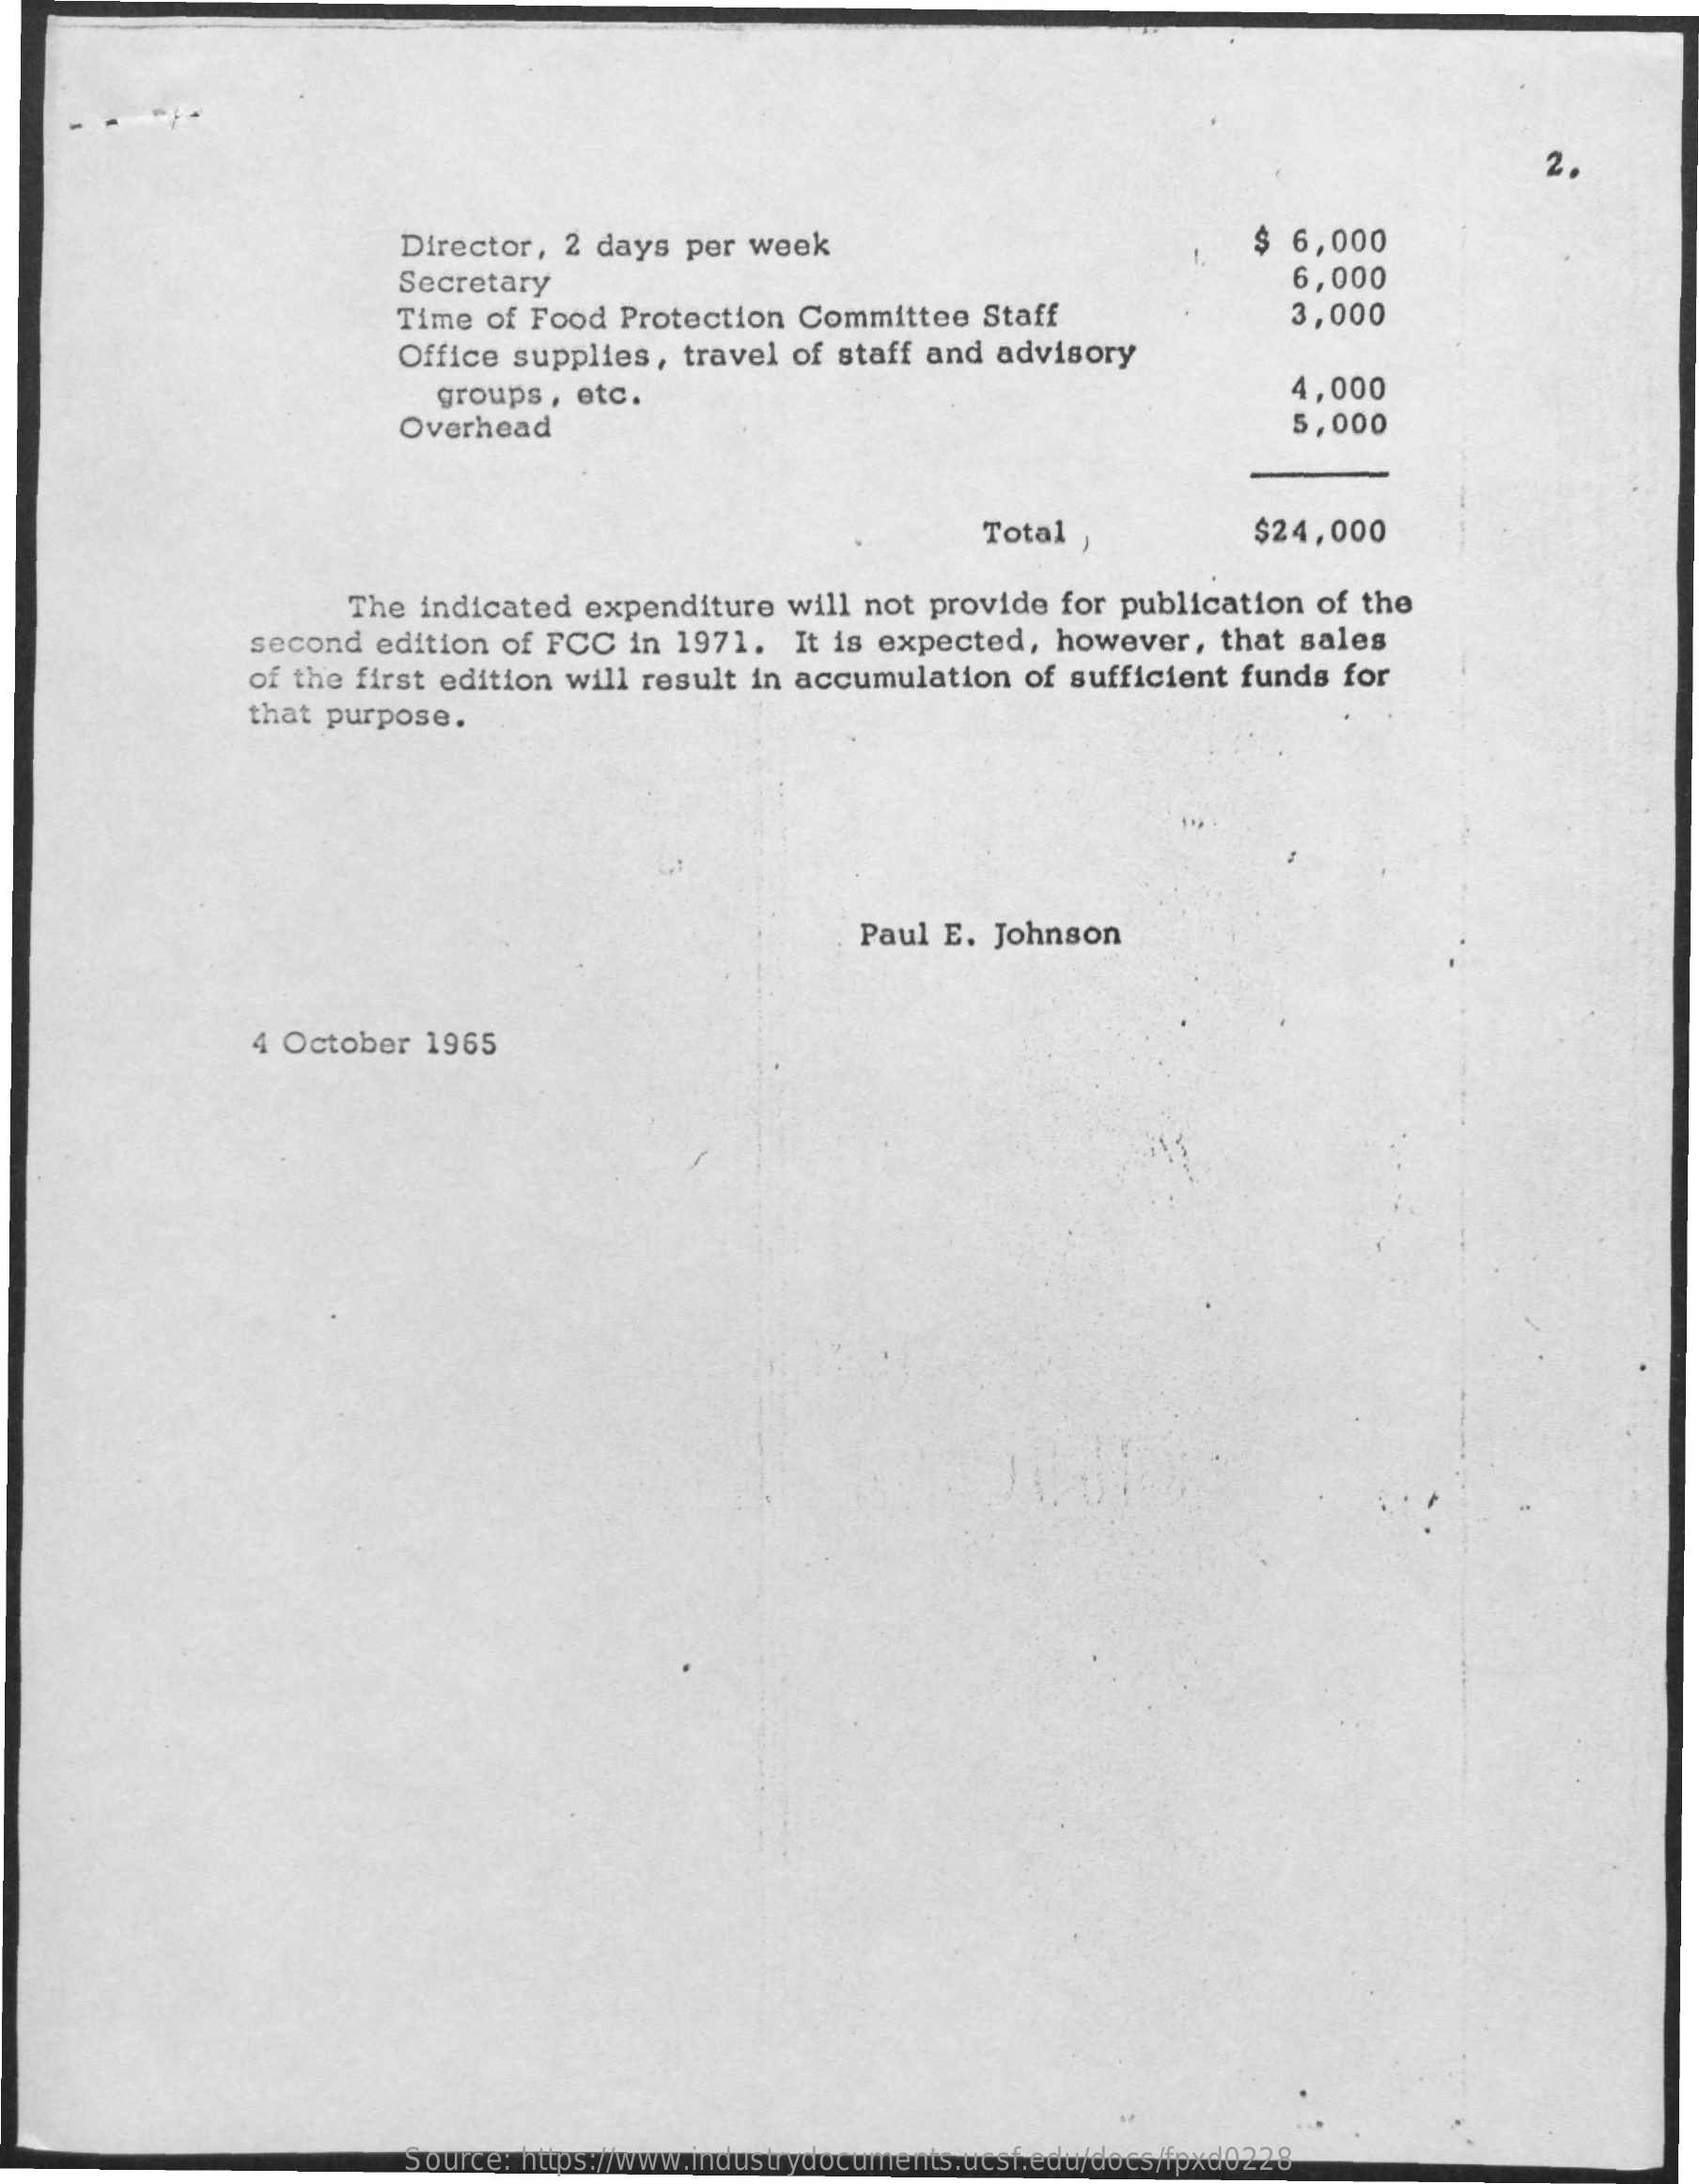
2.
     Director, 2 days per week    $ 6,000
     Secretary    6,000
     Time of Food Protection Committee Staff    3,000
     Office supplies, travel of staff and advisory
     groups , etc.    4,000
     Overhead    5,000
     Total ,    $24,000
     The indicated expenditure will not provide for publication of the
     second edition of FCC in 1971. It is expected, however, that sales
     of the first edition will result in accumulation of sufficient funds for
     that purpose.
     Paul E. Johnson
     4 October 1965
     Source: https://www.industrydocuments.ucsf.edu/docs/fpxd0228